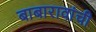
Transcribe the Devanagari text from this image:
बाबारावांची